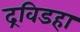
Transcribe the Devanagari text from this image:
द्रविडहा